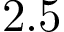
2 . 5